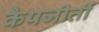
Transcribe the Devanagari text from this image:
कैपजीतीं